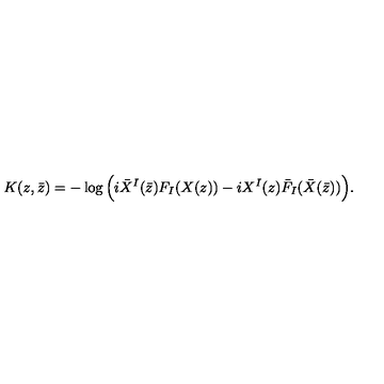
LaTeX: K ( z , \bar { z } ) = - \log \Big ( i \bar { X } ^ { I } ( \bar { z } ) F _ { I } ( X ( z ) ) - i X ^ { I } ( z ) \bar { F } _ { I } ( \bar { X } ( \bar { z } ) ) \Big ) .